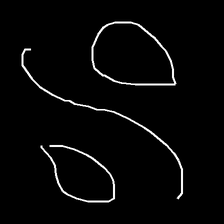
Glyph: water